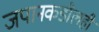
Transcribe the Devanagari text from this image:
जपानकडीलही